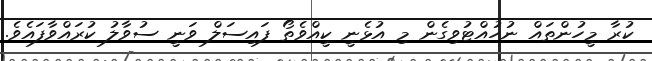
ކުރާ މީހުންތައް ނުހުއްޓުވިގެން މި އުޅެނީ ކީއްވެތޯ ފައިސަލް ވަނީ ސުވާލު ކުރައްވާފައެވެ.